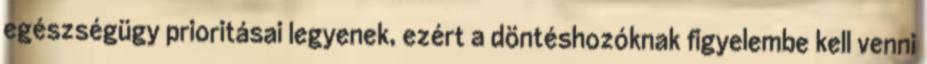
egészségügy prioritásai legyenek, ezért a döntéshozóknak figyelembe kell venni